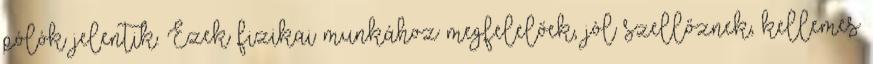
pólók jelentik. Ezek fizikai munkához megfelelőek, jól szellőznek, kellemes